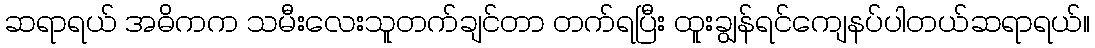
ဆရာရယ် အဓိကက သမီးလေးသူတက်ချင်တာ တက်ရပြီး ထူးချွန်ရင်ကျေနပ်ပါတယ်ဆရာရယ်။